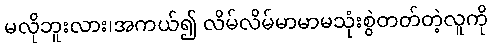
မလိုဘူးလား၊အကယ်၍ လိမ်လိမ်မာမာမသုံးစွဲတတ်တဲ့လူကို